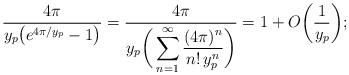
LaTeX: \begin{align*}&\frac{4\pi}{y_{p}\big(e^{4\pi\slash y_{p}}-1\big)}=\frac{4\pi}{y_{p}\bigg(\displaystyle\sum_{n=1}^{\infty}\frac{(4\pi)^{n}}{n!\,y_{p}^{n}}\bigg)}=1+O\bigg(\frac{1}{y_{p}}\bigg);\end{align*}